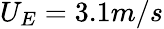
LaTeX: {U_{E}}=3.1m/s